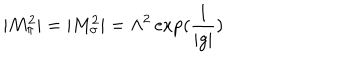
| M _ { \pi } ^ { 2 } | = | M _ { \sigma } ^ { 2 } | = \Lambda ^ { 2 } \exp ( \frac { 1 } { | g | } )